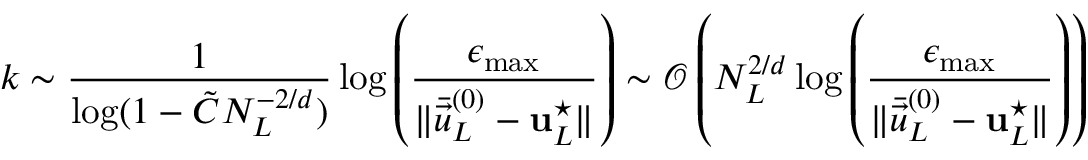
k \sim \frac { 1 } { \log ( 1 - \tilde { C } N _ { L } ^ { - 2 / d } ) } \log \left( \frac { \epsilon _ { \operatorname* { m a x } } } { \| \bar { \vec { u } } _ { L } ^ { ( 0 ) } - \boldsymbol { \mathbf { u } } _ { L } ^ { \star } \| } \right) \sim \mathcal { O } \left( N _ { L } ^ { 2 / d } \log \left( \frac { \epsilon _ { \operatorname* { m a x } } } { \| \bar { \vec { u } } _ { L } ^ { ( 0 ) } - \boldsymbol { \mathbf { u } } _ { L } ^ { \star } \| } \right) \right)